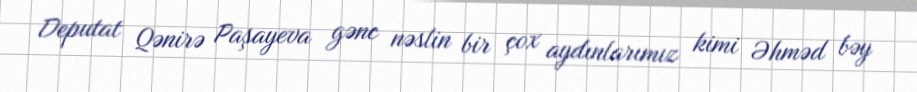
Deputat Qənirə Paşayeva gənc nəslin bir çox aydınlarımız kimi Əhməd bəy